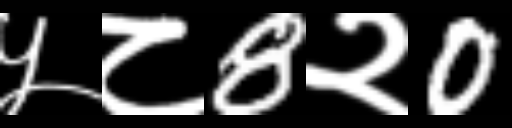
Text: ५८8२0